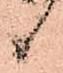
候